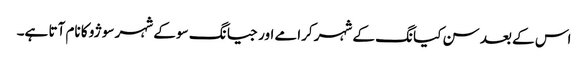
اس کے بعد سن کیانگ کے شہر کرامے اور جیانگ سو کے شہر سوژو کا نام آتا ہے۔